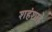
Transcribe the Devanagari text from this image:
शहंशाहे